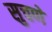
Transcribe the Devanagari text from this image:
सुचणे